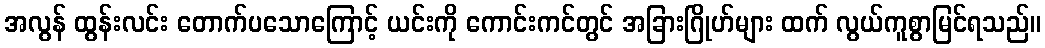
အလွန် ထွန်းလင်း တောက်ပသောကြောင့် ယင်းကို ကောင်းကင်တွင် အခြားဂြိုဟ်များ ထက် လွယ်ကူစွာမြင်ရသည်။